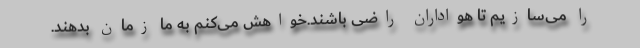
را می‌سازیم تا هواداران راضی باشند.خواهش می‌کنم به ما زمان بدهند.